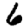
Digit: 6